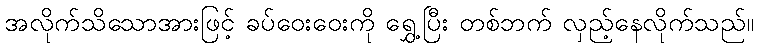
အလိုက်သိသောအားဖြင့် ခပ်ဝေးဝေးကို ရွှေ့ပြီး တစ်ဘက် လှည့်နေလိုက်သည်။